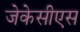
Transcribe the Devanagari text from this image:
जेकेसीएस